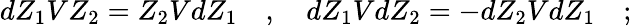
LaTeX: dZ_{1}VZ_{2}=Z_{2}VdZ_{1}\quad,\quad dZ_{1}VdZ_{2}=-dZ_{2}VdZ_{1}\quad;